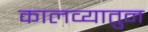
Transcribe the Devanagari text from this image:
कालव्यातुन